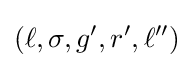
(\ell ,\sigma ,g',r',\ell '')